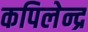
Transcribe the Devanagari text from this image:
कपिलेन्द्र